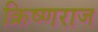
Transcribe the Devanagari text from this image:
क्रिष्णराज